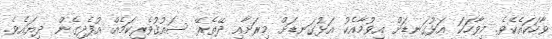
ވާހަކައެކެވެ. މިވާހަކަ އަޅުގަނޑަށް އިވުމާއެކު އަޅުގަނޑަށް މިރަށާއި ދޭތެރޭ ސައުޤުވެރިކަމެއް އުފެދިގެން ދިޔައެވެ.